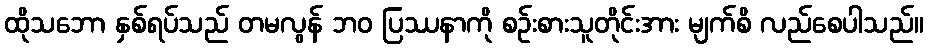
ထိုသဘော နှစ်ရပ်သည် တမလွန် ဘဝ ပြဿနာကို စဉ်းစားသူတိုင်းအား မျက်စိ လည်စေပါသည်။